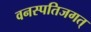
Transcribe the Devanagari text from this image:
वनस्पतिजगत्